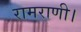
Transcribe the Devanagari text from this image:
रामराणी।